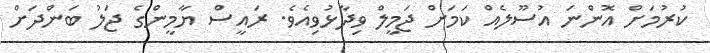
ކުރުމަށް އޮންނަ އުސޫލެއްް ކަމަށް ޖަމީލް ވިދާޅުވިއެވެ. ރައީސް ޔާމީންގެ ޖަލު ބަންދަށް